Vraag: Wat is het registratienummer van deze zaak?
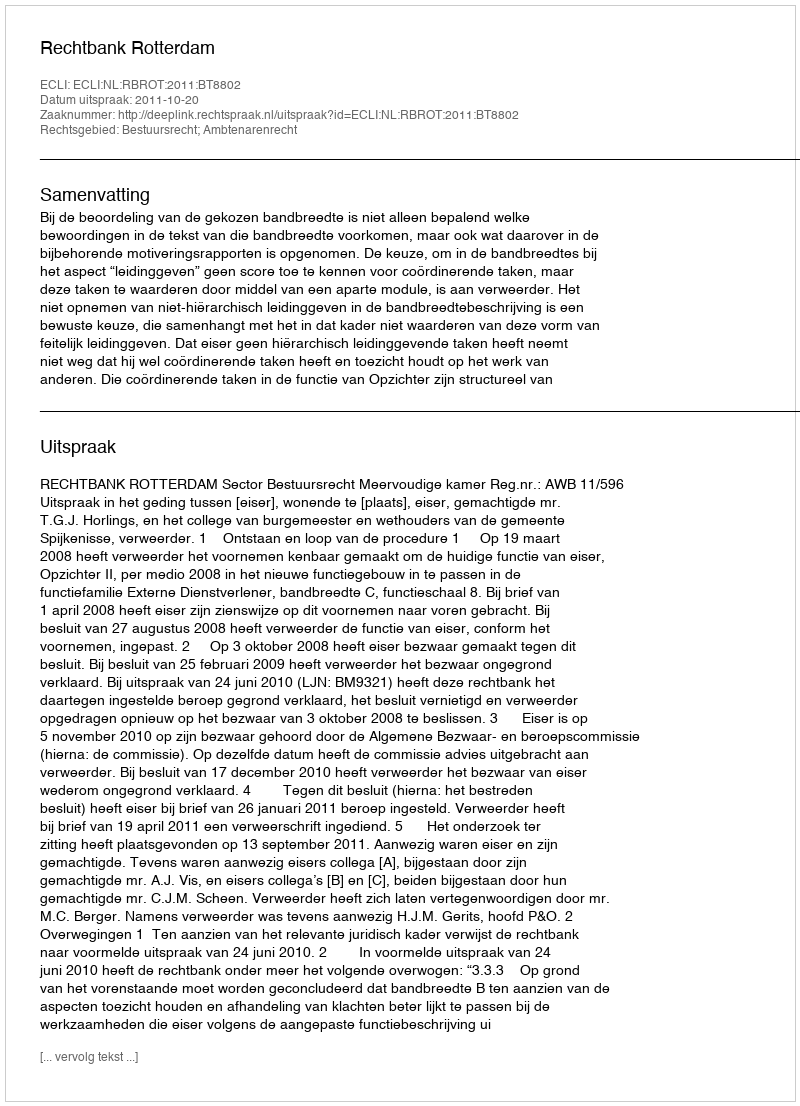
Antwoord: http://deeplink.rechtspraak.nl/uitspraak?id=ECLI:NL:RBROT:2011:BT8802